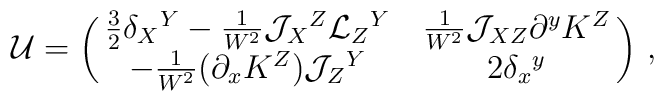
{\cal U}=\pmatrix{\frac32\delta _X{}^Y- \frac{1}{W^2}{\cal J}_X{}^Z{\cal L}_Z{}^Y&  \frac1{W^2} {\cal J}_{XZ}\partial ^yK^Z\cr  -\frac1{W^2} (\partial _xK^Z){\cal J}_Z{}^Y  &2\delta _x{}^y}\,,